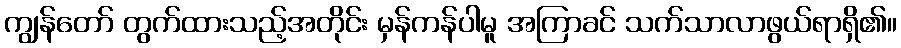
ကျွန်တော် တွက်ထားသည့်အတိုင်း မှန်ကန်ပါမူ အကြာခင် သက်သာလာဖွယ်ရာရှိ၏။